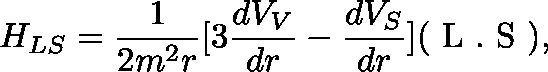
H _ { L S } = \frac { 1 } { 2 m ^ { 2 } r } [ 3 \frac { d V _ { V } } { d r } - \frac { d V _ { S } } { d r } ] ( \mathrm { \boldmath ~ L ~ } . \mathrm { \boldmath ~ S ~ } ) ,